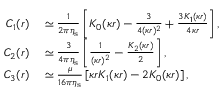
\begin{array} { r l } { C _ { 1 } ( r ) } & { { } \simeq \frac { 1 } { 2 \pi \eta _ { \mathrm { s } } } \left[ K _ { 0 } ( \kappa r ) - \frac { 3 } { 4 ( \kappa r ) ^ { 2 } } + \frac { 3 K _ { 1 } ( \kappa r ) } { 4 \kappa r } \right] , } \\ { C _ { 2 } ( r ) } & { { } \simeq \frac { 3 } { 4 \pi \eta _ { \mathrm { s } } } \left[ \frac { 1 } { ( \kappa r ) ^ { 2 } } - \frac { K _ { 2 } ( \kappa r ) } { 2 } \right] , } \\ { C _ { 3 } ( r ) } & { { } \simeq \frac { \mu } { 1 6 \pi \eta _ { \mathrm { s } } } \left[ \kappa r K _ { 1 } ( \kappa r ) - 2 K _ { 0 } ( \kappa r ) \right] , } \end{array}